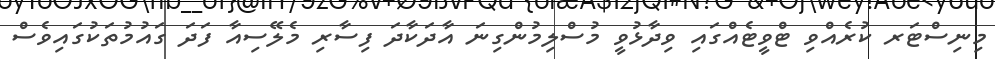
މިނިސްޓަރ ކުރެއްވި ޓްވީޓެއްގައި ވިދާޅުވީ މުސްލިމުންގިނަ އާދަކާދަ ފިސާރި މެލޭސިއާ ފަދަ ގައުމުތަކުގައިވެސް